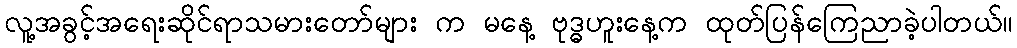
လူ့အခွင့်အရေးဆိုင်ရာသမားတော်များ က မနေ့ ဗုဒ္ဓဟူးနေ့က ထုတ်ပြန်ကြေညာခဲ့ပါတယ်။